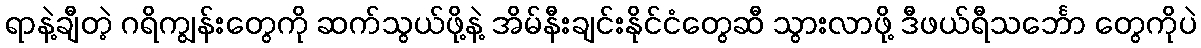
ရာနဲ့ချီတဲ့ ဂရိကျွန်းတွေကို ဆက်သွယ်ဖို့နဲ့ အိမ်နီးချင်းနိုင်ငံတွေဆီ သွားလာဖို့ ဒီဖယ်ရီသင်္ဘော တွေကိုပဲ